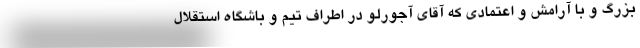
بزرگ و با آرامش و اعتمادی که آقای آجورلو در اطراف تیم و باشگاه استقلال